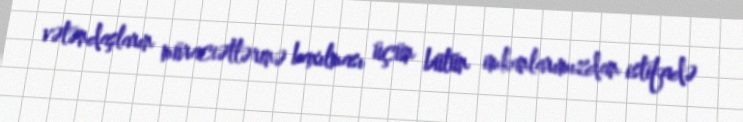
vətəndaşların müraciətlərinə baxılması üçün bütün imkanlarımızdan istifadə